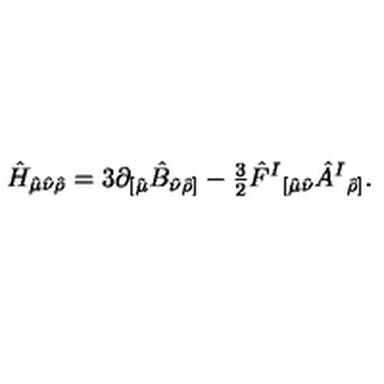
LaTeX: \hat { H } _ { \hat { \mu } \hat { \nu } \hat { \rho } } = 3 \partial _ { [ \hat { \mu } } \hat { B } _ { \hat { \nu } \hat { \rho } ] } - { \textstyle \frac { 3 } { 2 } } \hat { F } ^ { I } { } _ { [ \hat { \mu } \hat { \nu } } \hat { A } ^ { I } { } _ { \hat { \rho } ] } .